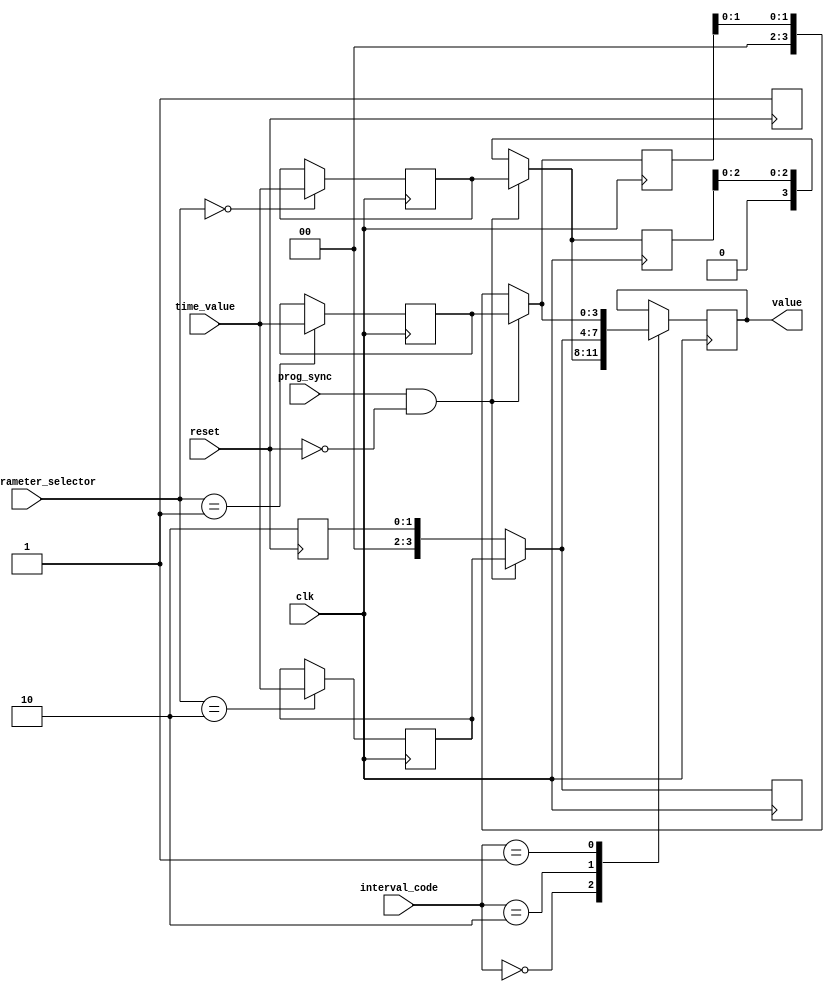
//Implementation of the time p

module time_parameter(clk,reset,time_parameter_selector,time_value,prog_sync,interval_code,value);

input clk,reset,prog_sync;
input [1:0] time_parameter_selector;
input [3:0] time_value;
input [1:0] interval_code;

output reg [3:0] value;

// parameters for accessing the values using the following codes
parameter code_t_base = 2'b00;
parameter code_t_yel = 2'b10;
parameter code_t_ext = 2'b01;
parameter code_t_base_plus_ext = 2'b11;


// store the time values
reg [3:0] time_base = 4'b0110;
reg [3:0] time_yel = 4'b0010;
reg [3:0] time_ext = 4'b0011;
//reg [3:0] time_base_plus_ext = 4'b1001;

// register for store the time value and initally store the default values
reg [3:0] temp_base = 4'b0110;
reg [3:0] temp_yel = 4'b0010;
reg [3:0] temp_ext = 4'b0011;


always @(posedge reset)
begin
    time_base = 4'b0110;
    time_yel = 4'b0010;
    time_ext = 4'b0011;

end


always @(posedge clk)
begin
    
// assuming the all three types of time can be updated one by one manually
// using the switche and buttons

    if(time_parameter_selector == 2'b00)
        temp_base = time_value;

    if(time_parameter_selector == 2'b10)
        temp_yel = time_value;

    if(time_parameter_selector == 2'b01)
        temp_ext = time_value;
    

    //$display("**** %b",temp_base);
end


always @(posedge clk)
begin
    if((prog_sync) & (reset == 1'b0))
    begin

        time_base = temp_base;
        time_yel = temp_yel;
        time_ext = temp_ext;

    end
    
    case(interval_code)
       
        code_t_base:begin
            value = time_base;
            //$display("%b",value);
            end
        code_t_yel:begin
            value = time_yel;
            //$display($time);
            end
        code_t_ext:begin
            value = time_ext;
            //$display("%b",value);
            end

    endcase
    //$display("**** %b",value);

end

endmodule